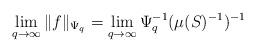
LaTeX: \begin{align*} \lim_{q\rightarrow\infty}\|f\|_{\Psi_q}=\lim_{q\rightarrow\infty}\Psi_q^{-1}(\mu(S)^{-1})^{-1}\end{align*}